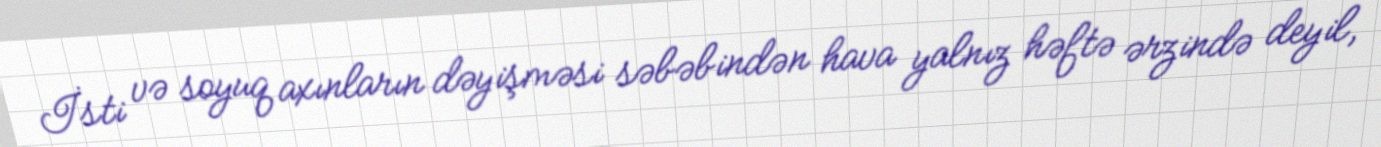
İsti və soyuq axınların dəyişməsi səbəbindən hava yalnız həftə ərzində deyil,